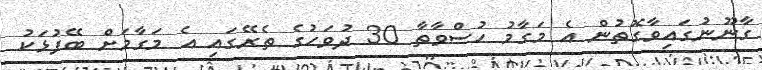
ގާނޫނުގައިވާގޮތުން އެ މަގާމު ހުސްވާތާ 30 ދުވަހުގެ ތެރޭގައި އެ މަގާމަށް ބޭފުޅަކު